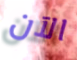
الآن